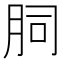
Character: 䏤